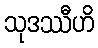
သုဒဿီဟိ